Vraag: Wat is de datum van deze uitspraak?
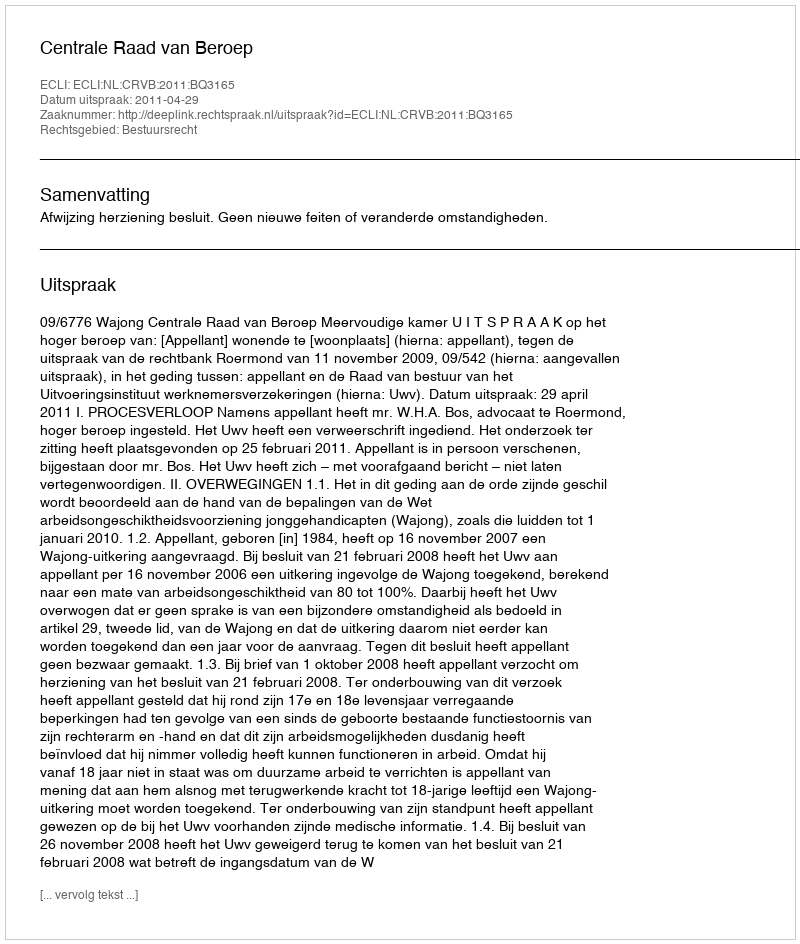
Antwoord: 2011-04-29